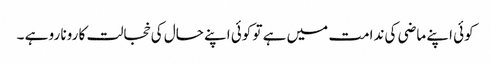
کوئی اپنے ماضی کی ندامت میں ہے تو کوئی اپنے حال کی خجالت کا رونا رو ہے ۔